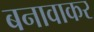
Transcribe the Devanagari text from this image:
बनावाकर